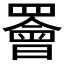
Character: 𫅋